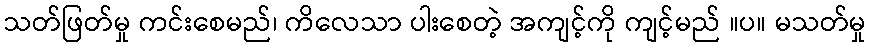
သတ်ဖြတ်မှု ကင်းစေမည်၊ ကိလေသာ ပါးစေတဲ့ အကျင့်ကို ကျင့်မည် ။ပ။ မသတ်မှု